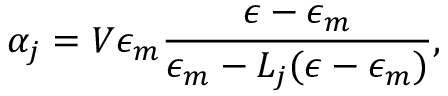
\alpha _ { j } = V \epsilon _ { m } \frac { \epsilon - \epsilon _ { m } } { \epsilon _ { m } - L _ { j } ( \epsilon - \epsilon _ { m } ) } ,